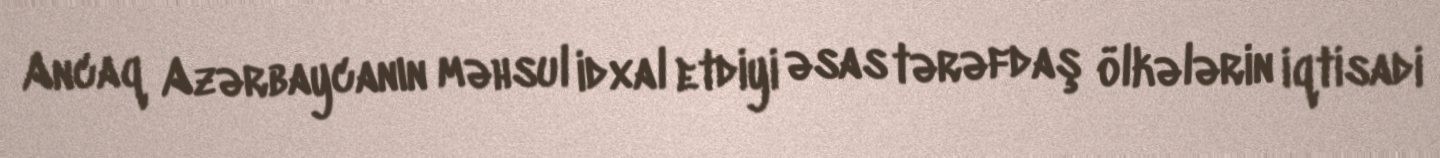
Ancaq Azərbaycanın məhsul idxal etdiyi əsas tərəfdaş ölkələrin iqtisadi